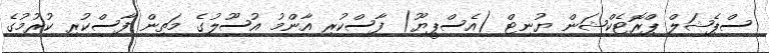
ސްޕެޝަލް ޕްރޮޓެކްޝަން ޔުނިޓް (އެސްޕީޔޫ) ފާސްކުރި އާންމު އުސޫލުގެ މަތިން ފާސްކުރި ކުރުމުގެ